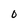
Character: O